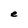
Character: e